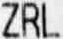
ZRL